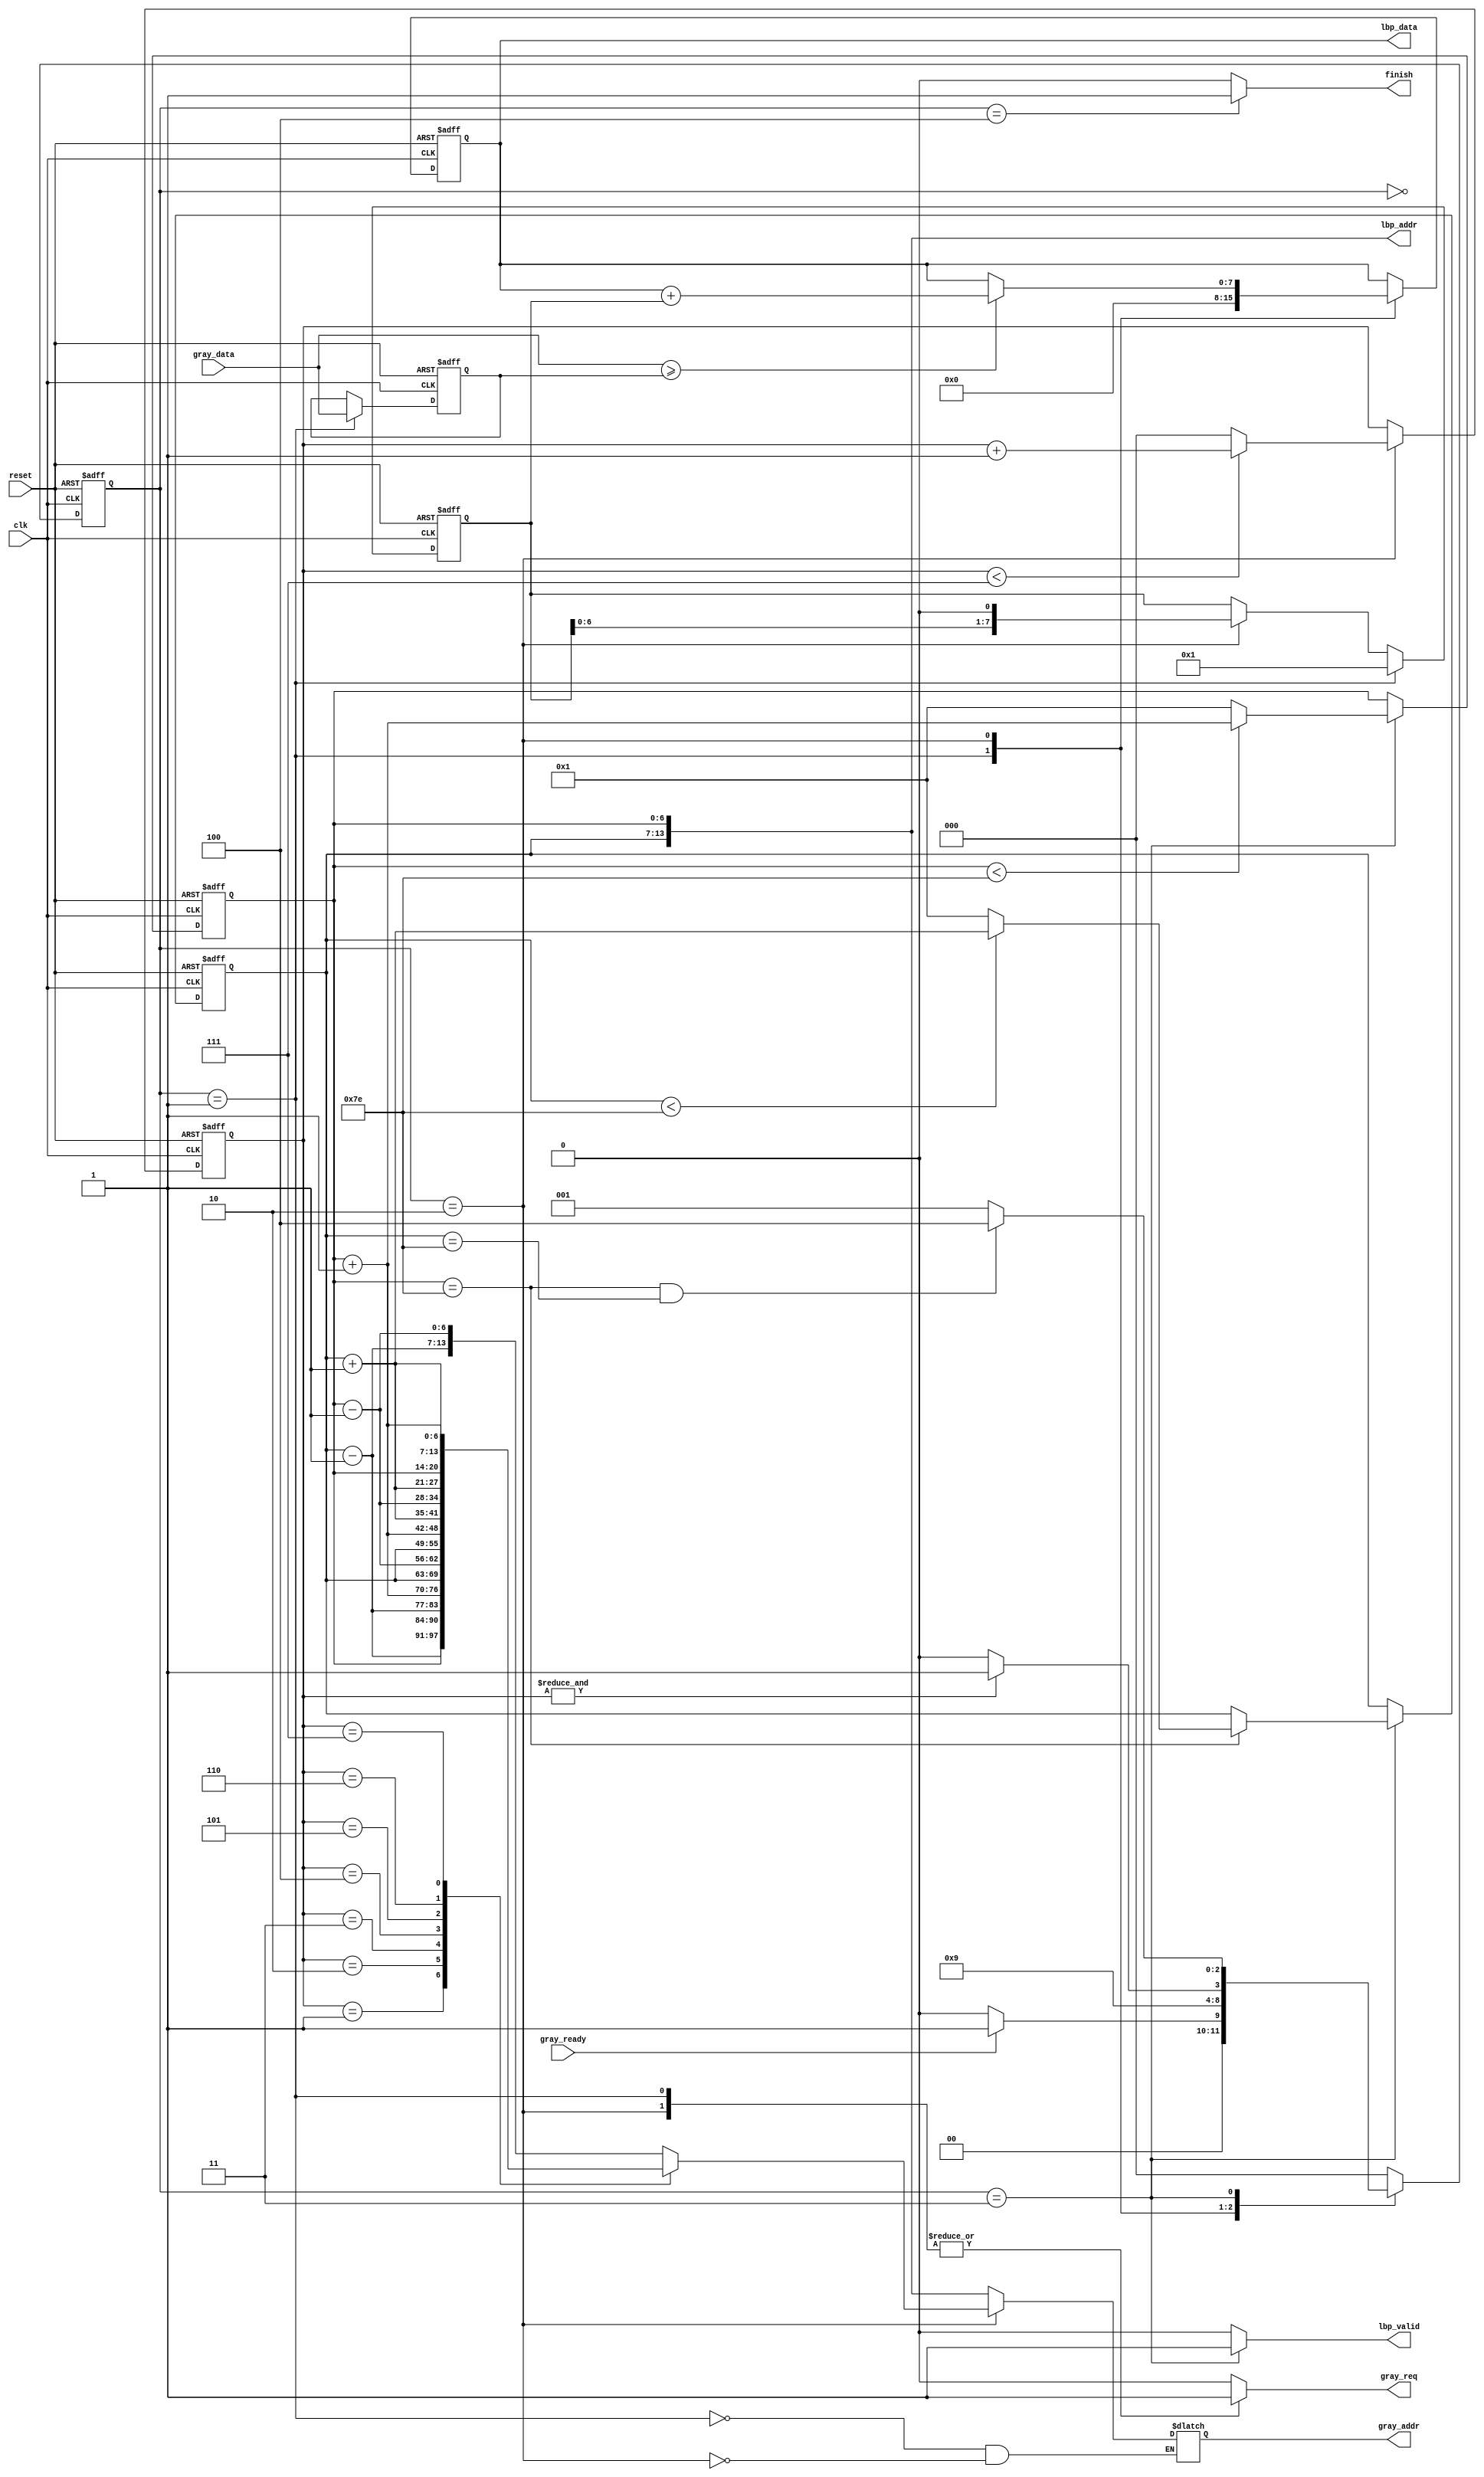

`timescale 1ns/10ps
module LBP (
  clk, 
  reset, 
  gray_addr, 
  gray_req, 
  gray_ready, 
  gray_data, 
  lbp_addr, 
  lbp_valid, 
  lbp_data, 
  finish
);
input                     clk;
input                   reset;
output  reg [13:0]  gray_addr;
output  reg          gray_req;
input              gray_ready;
input       [ 7:0]  gray_data;
output      [13:0]   lbp_addr;
output  reg         lbp_valid;
output  reg [ 7:0]   lbp_data;
output  reg            finish;
//====================================================================

//---------------------------------------------------------------------
//   LOCAL PARAMETER                       
//--------------------------------------------------------------------- 
localparam IDLE         = 3'd0;
localparam GET_CENTER   = 3'd1;
localparam CAL_LBP      = 3'd2;
localparam WRITE_MEM    = 3'd3;
localparam FINISH       = 3'd4;

//---------------------------------------------------------------------
//   WIRE AND REG DECLARATION                             
//---------------------------------------------------------------------
// << reg >>
reg  [2:0]  fstate;
reg  [6:0]   coorX;
reg  [6:0]   coorY;
reg  [7:0]  center;
reg  [2:0] counter;
reg  [7:0]  weight;
// << wire >>
wire [6:0] coorX_L;
wire [6:0] coorX_R;
wire [6:0] coorY_U;
wire [6:0] coorY_D;

//---------------------------------------------------------------------
//   WIRE CONNECTION                
//---------------------------------------------------------------------
assign coorX_L = coorX - 7'd1;
assign coorX_R = coorX + 7'd1;
assign coorY_U = coorY - 7'd1;
assign coorY_D = coorY + 7'd1;

assign lbp_addr = {coorY, coorX};
//---------------------------------------------------------------------
//   ALWAYS BLOCK                
//---------------------------------------------------------------------

// << center >>
always@(posedge clk or posedge reset)begin
  if(reset)center <= 8'd0;
  else if(fstate == GET_CENTER)center <= gray_data;
end

// << weight >>
always@(posedge clk or posedge reset)begin
  if(reset)weight <= 8'd0;
  else if(fstate == GET_CENTER)weight <= 8'd1;
  else if(fstate == CAL_LBP)   weight <= weight << 1;
end

// << coorX >>
always@(posedge clk or posedge reset)begin
  if(reset)coorX <= 7'd1;
  else if(fstate == WRITE_MEM)begin
    if(coorX < 7'd126)coorX <= coorX + 7'd1;
    else              coorX <= 7'd1;
  end
end

// << coorY >>
always@(posedge clk or posedge reset)begin
  if(reset)coorY <= 7'd1;
  else if(fstate == WRITE_MEM)begin
    if(coorX == 7'd126)begin
      if(coorY < 7'd126)coorY <= coorY + 7'd1;
      else              coorY <= 7'd1;
    end
  end
end

// << counter >>
always@(posedge clk or posedge reset)begin
  if(reset)counter <= 3'd0;
  else begin
    if(fstate == CAL_LBP)begin
      if(counter < 3'd7)counter <= counter + 3'd1;
      else              counter <= 3'd0;
    end
  end
end

// << lbp_data >>
always@(posedge clk or posedge reset)begin
  if(reset)lbp_data <= 8'd0;
  else begin
    case(fstate)
      GET_CENTER:lbp_data <= 8'd0;
      CAL_LBP:begin
        if(gray_data >= center)lbp_data <= lbp_data + weight;
      end
    endcase
  end
end

// << gray_addr >>
always@(*)begin
  case(fstate)
    GET_CENTER:gray_addr = {coorY  , coorX  };
    CAL_LBP:begin
      case(counter)
        4'd0:gray_addr = {coorY_U, coorX_L};
        4'd1:gray_addr = {coorY_U, coorX  };
        4'd2:gray_addr = {coorY_U, coorX_R};
        4'd3:gray_addr = {coorY  , coorX_L};
        //   gray_addr = {coorY  , coorX  };
        4'd4:gray_addr = {coorY  , coorX_R};
        4'd5:gray_addr = {coorY_D, coorX_L};
        4'd6:gray_addr = {coorY_D, coorX  };
        4'd7:gray_addr = {coorY_D, coorX_R};
        default:gray_addr = {coorY  , coorX  };
      endcase
    end
  endcase
end

//---------------------------------------------------------------------
//   FSM-STATE           
//---------------------------------------------------------------------
always@(posedge clk or posedge reset)begin
  if(reset)fstate <= IDLE;
  else begin
    case(fstate)
      IDLE:begin
        if(gray_ready)fstate <= GET_CENTER;
        else          fstate <= IDLE;
      end
      GET_CENTER:begin
        fstate <= CAL_LBP;
      end
      CAL_LBP:begin
        if(&counter)fstate <= WRITE_MEM;
        else        fstate <= CAL_LBP;
      end
      WRITE_MEM:begin
        if(coorX == 7'd126 && coorY == 7'd126)fstate <= FINISH;
        else                                  fstate <= GET_CENTER;
      end
      FINISH:begin
        fstate <= IDLE;
      end
      default:begin
        fstate <= IDLE;
      end
    endcase
  end
end
//---------------------------------------------------------------------
//   FSM-OUTPUT               
//---------------------------------------------------------------------
always@(*)begin
  case(fstate)
    IDLE:begin
      finish    = 1'b0;
      lbp_valid = 1'b0;
      gray_req  = 1'b0;
    end
    GET_CENTER:begin
      finish    = 1'b0;
      lbp_valid = 1'b0;
      gray_req  = 1'b1;
    end
    CAL_LBP:begin
      finish    = 1'b0;
      lbp_valid = 1'b0;
      gray_req  = 1'b1;
    end
    WRITE_MEM:begin
      finish    = 1'b0;
      lbp_valid = 1'b1;
      gray_req  = 1'b0;
    end
    FINISH:begin
      finish    = 1'b1;
      lbp_valid = 1'b0;
      gray_req  = 1'b0;
    end
    default:begin
      finish    = 1'b0;
      lbp_valid = 1'b0;
      gray_req  = 1'b0;
    end
  endcase
end

//====================================================================
endmodule